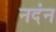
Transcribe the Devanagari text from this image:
नदंन